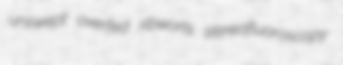
unswept overfed ribworts stereofluoroscopy